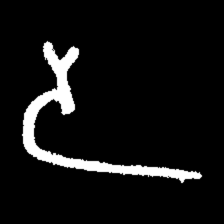
Pyu character \u2014 Myanmar letter: ဒ (romanized: da)